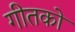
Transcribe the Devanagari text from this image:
गीतको